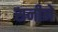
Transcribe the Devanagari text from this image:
सनीने